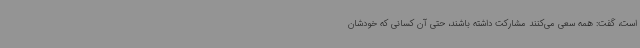
است، گفت: همه سعی می‌کنند مشارکت داشته باشند، حتی آن کسانی که خودشان